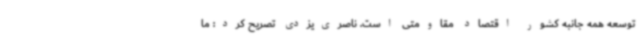
توسعه همه جانبه کشور اقتصاد مقاومتی است. ناصری‌یزدی تصریح کرد: ما